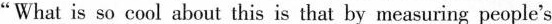
“Wha LiS S0 Cuut about this is that by measuring people's